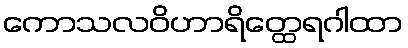
ကောသလဝိဟာရိတ္ထေရဂါထာ